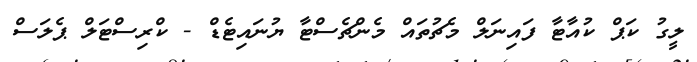
ލީގު ކަޕް ކުއާޓާ ފައިނަލް މެޗުތައް މެންޗެސްޓާ ޔުނައިޓެޑް - ކްރިސްޓަލް ޕެލަސް